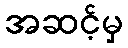
အဆင့်မှ